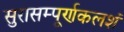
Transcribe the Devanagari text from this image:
सुरासम्पूर्णकलशं